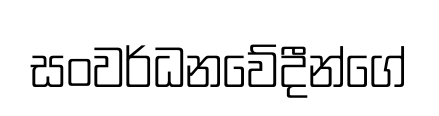
සංවර්ධනවේදීන්ගේ